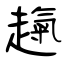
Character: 趜